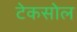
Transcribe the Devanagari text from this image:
टेकसोल